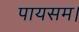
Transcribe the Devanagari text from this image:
पायसम।